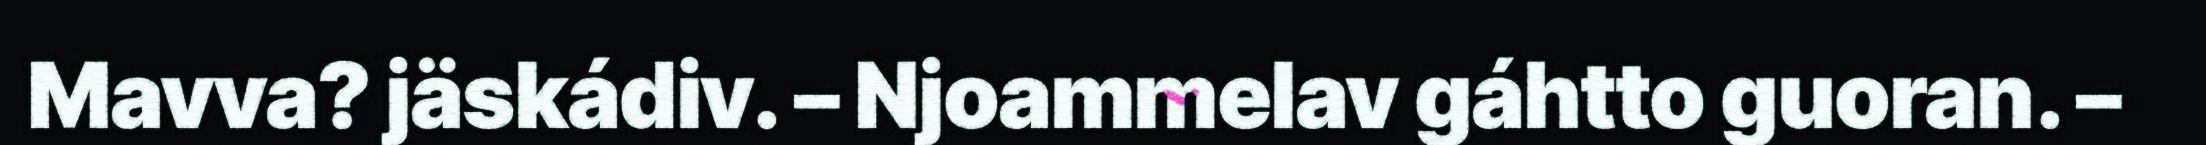
Mavva? jäskádiv. – Njoammelav gáhtto guoran. –